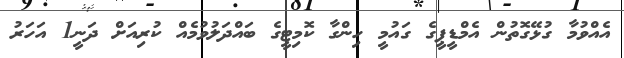
އެއްވުމާ ގުޅޭގޮތުން އެމްޑީޕީގެ ގައުމީ ހިންގާ ކޮމިޓީގެ ބައްދަލުވުމެއް ކުރިއަށް ދަނީ1 އަހަރު